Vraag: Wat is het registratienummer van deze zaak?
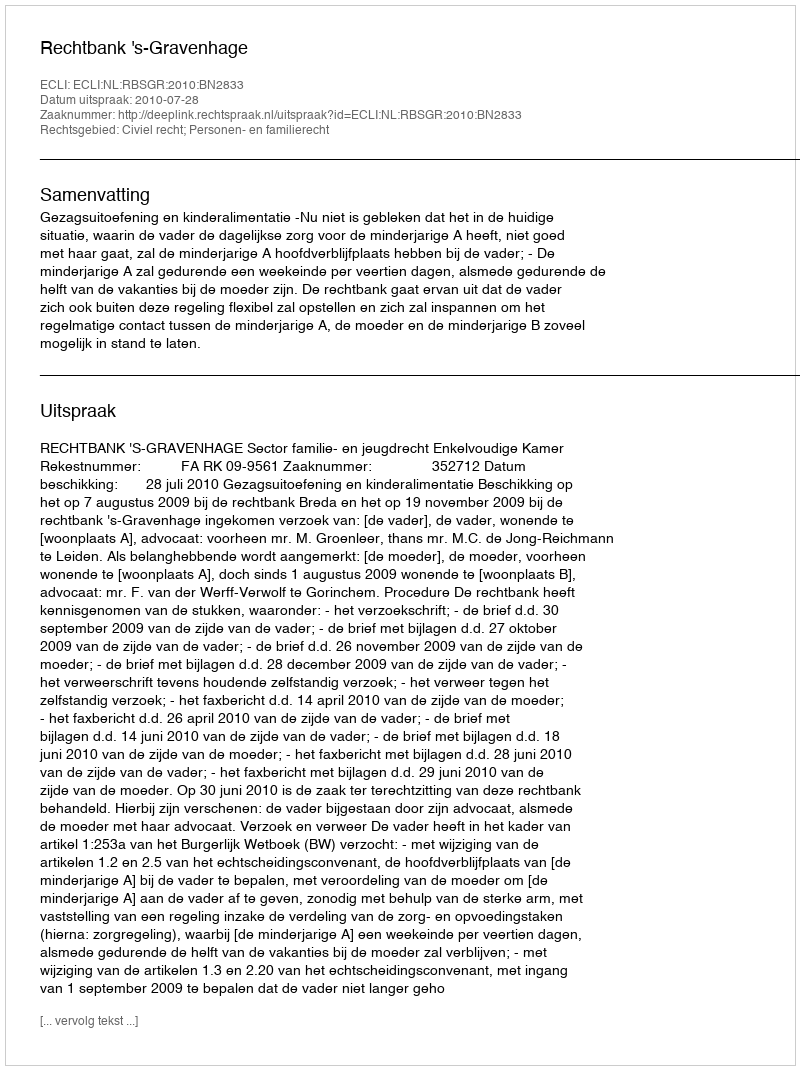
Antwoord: http://deeplink.rechtspraak.nl/uitspraak?id=ECLI:NL:RBSGR:2010:BN2833